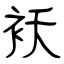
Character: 袄